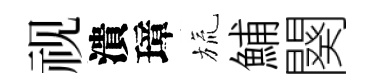
视潰璋旒鯆闋